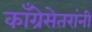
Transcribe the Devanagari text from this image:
काँग्रेसेतरांनी